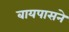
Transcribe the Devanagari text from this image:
बायपासने